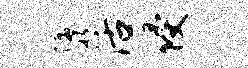
隳活侵